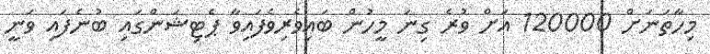
މިހާތަނަށް 120000 އަށް ވުރެ ގިނަ މީހުން ބައިވެރިވެފައިވާ ޕެޓިޝަންގައި ބުނެފައި ވަނީ